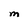
Character: M